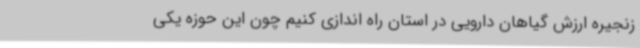
زنجیره ارزش گیاهان دارویی در استان راه اندازی کنیم چون این حوزه یکی